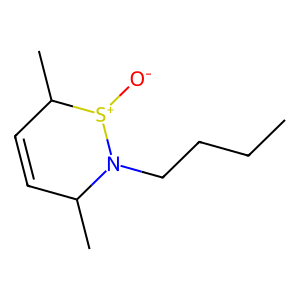
SMILES: CCCCN1C(C)C=CC(C)[S+]1[O-]
Inhibits HIV replication: No